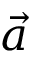
\vec { a }